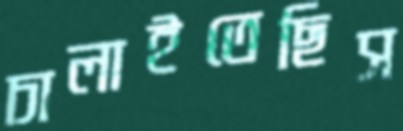
চালাইতেছিস